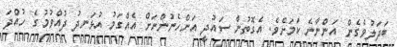
ބަދަލުވެގެން އަންނާނެ ކަމަށެވެ. އެގޮތުން ސައުދީ އަންހެނުންނަށް އެއްގަމު އުޅަނދު ދުއްވުމުގެ ހުއްދަ